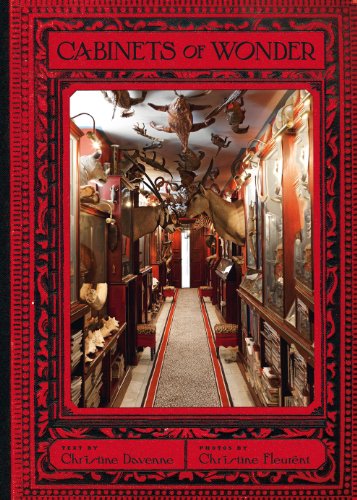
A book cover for Cabinets of Wonder; Christine Davenne; Arts & Photography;